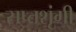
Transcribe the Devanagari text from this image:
सप्‍तशृंगी